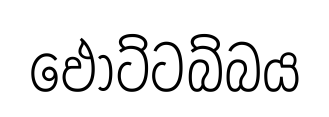
ඵොට්ටබ්බය